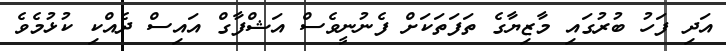
އަދި ފަހު ބުރުގައި މާޒިޔާގެ ތަފަތަކަށް ފެނުނީވެސް އަޝްފާގް އައިސް ދެއްކި ކުޅުމެވެ